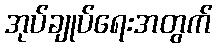
အုပ်ချုပ်ရေးအတွက်